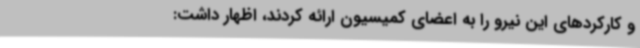
و کارکردهای این نیرو را به اعضای کمیسیون ارائه کردند، اظهار داشت: